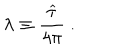
LaTeX: \lambda \equiv { \frac { \widehat \tau } { 4 \pi } } ~ .